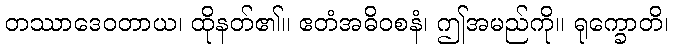
တဿာဒေဝတာယ၊ ထိုနတ်၏။ ဧတံအဓိဝစနံ၊ ဤအမည်ကို။ ရုက္ခောတိ၊